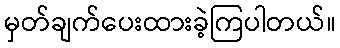
မှတ်ချက်ပေးထားခဲ့ကြပါတယ်။